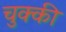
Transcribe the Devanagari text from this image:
चुक्की